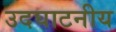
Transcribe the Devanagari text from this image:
उदघाटनीय